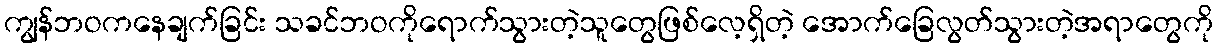
ကျွန်ဘဝကနေချက်ခြင်း သခင်ဘဝကိုရောက်သွားတဲ့သူတွေဖြစ်လေ့ရှိတဲ့ အောက်ခြေလွတ်သွားတဲ့အရာတွေကို